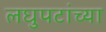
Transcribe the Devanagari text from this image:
लघुपटांच्या